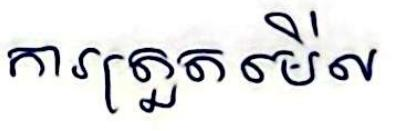
ការត្រួតមើល